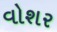
વોશર